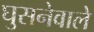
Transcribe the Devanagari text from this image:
घुसनेवाले